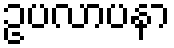
ဥပလာပနာ